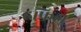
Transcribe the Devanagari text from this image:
हफिझ